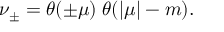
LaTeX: \nu _ { \pm } = \theta ( \pm \mu ) \; \theta ( | \mu | - m ) .